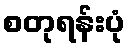
စတုရန်းပုံ